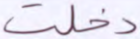
دخلت